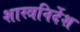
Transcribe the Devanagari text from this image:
शास्त्रनिर्देश